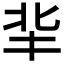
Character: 𠤖